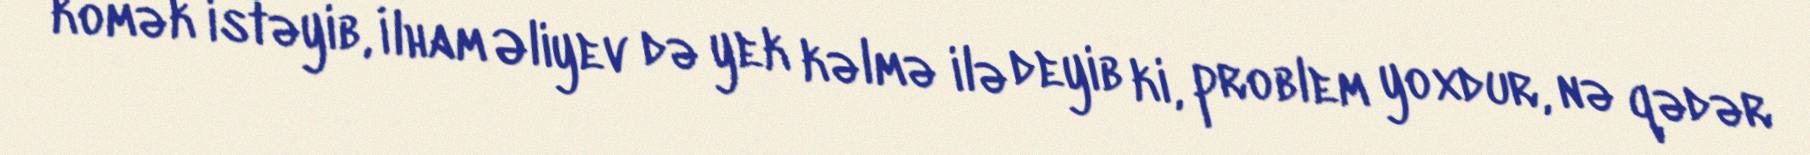
kömək istəyib, İlham Əliyev də yek kəlmə ilə deyib ki, problem yoxdur, nə qədər